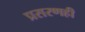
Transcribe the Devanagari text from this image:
प्रसरणही